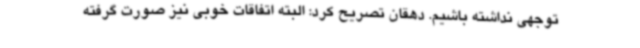
توجهی نداشته باشیم. دهقان تصریح کرد: البته اتفاقات خوبی نیز صورت گرفته